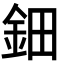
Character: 鈿